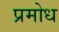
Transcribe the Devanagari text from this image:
प्रमोध